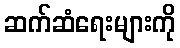
ဆက်ဆံရေးများကို